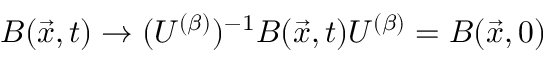
B ( \vec { x } , t ) \rightarrow ( U ^ { ( \beta ) } ) ^ { - 1 } B ( \vec { x } , t ) U ^ { ( \beta ) } = B ( \vec { x } , 0 )